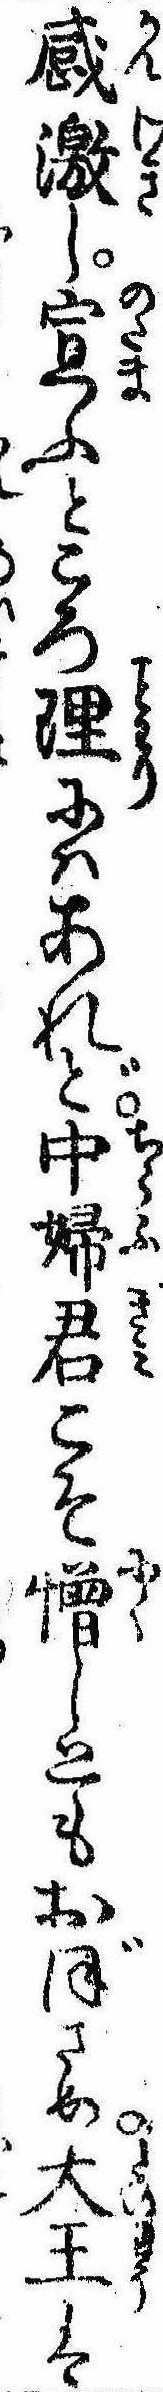
感激し宣ふところ理にはあれど中婦君こそ憎しともおぼさめ大王は